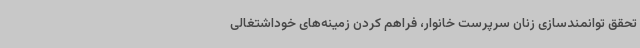
تحقق توانمندسازی زنان سرپرست خانوار، فراهم کردن زمینه‌های خوداشتغالی